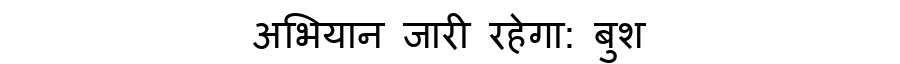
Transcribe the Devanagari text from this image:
अभियान जारी रहेगा: बुश